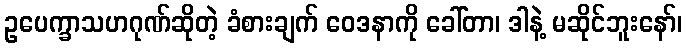
ဥပေက္ခာသဟဂုဏ်ဆိုတဲ့ ခံစားချက် ဝေဒနာကို ခေါ်တာ၊ ဒါနဲ့ မဆိုင်ဘူးနော်၊